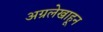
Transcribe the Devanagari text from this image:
अग्रलेखाहून